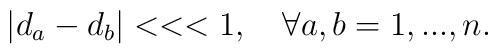
\left| d_{a}-d_{b}\right| <<<1,\quad \forall a,b=1,...,n,